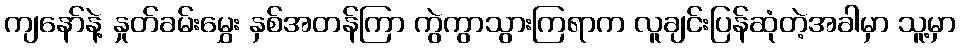
ကျနော်နဲ့ နှုတ်ခမ်းမွှေး နှစ်အတန်ကြာ ကွဲကွာသွားကြရာက လူချင်းပြန်ဆုံတဲ့အခါမှာ သူ့မှာ